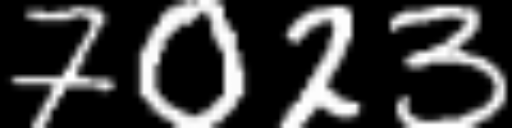
Text: 7023